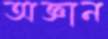
অজ্ঞান